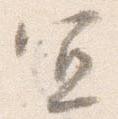
宜